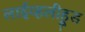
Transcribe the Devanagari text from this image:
लाईव्हलीहूड